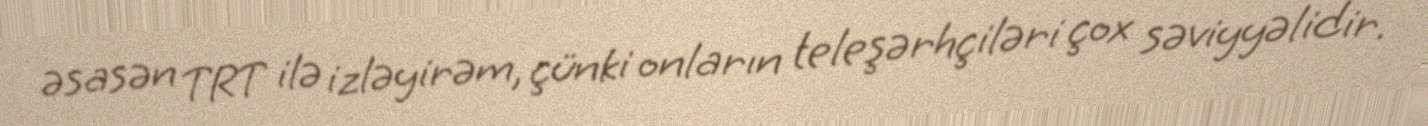
əsasən TRT ilə izləyirəm, çünki onların teleşərhçiləri çox səviyyəlidir.